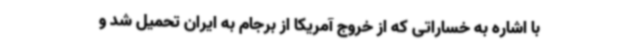
با اشاره به خساراتی که از خروج آمریکا از برجام به ایران تحمیل شد و